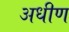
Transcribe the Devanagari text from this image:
अधीण